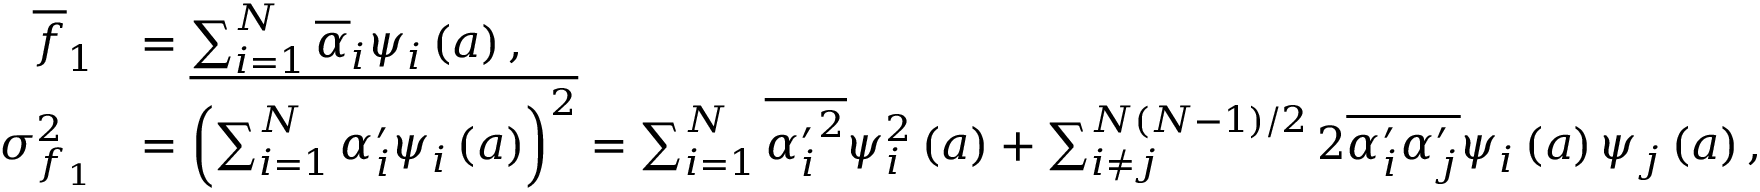
\begin{array} { r l } { \overline { { f } } _ { 1 } } & { = \sum _ { i = 1 } ^ { N } \overline { { \alpha } } _ { i } \psi _ { i } \left( \boldsymbol { a } \right) , } \\ { \sigma _ { f _ { 1 } } ^ { 2 } } & { = \overline { { \left( \sum _ { i = 1 } ^ { N } \alpha _ { i } ^ { \prime } \psi _ { i } \left( \boldsymbol { a } \right) \right) ^ { 2 } } } = \sum _ { i = 1 } ^ { N } \overline { { { \alpha _ { i } ^ { \prime } } ^ { 2 } } } \psi _ { i } ^ { 2 } \left( \boldsymbol { a } \right) + \sum _ { i \neq j } ^ { N ( N - 1 ) / 2 } 2 \overline { { \alpha _ { i } ^ { \prime } \alpha _ { j } ^ { \prime } } } \psi _ { i } \left( \boldsymbol { a } \right) \psi _ { j } \left( \boldsymbol { a } \right) , } \end{array}